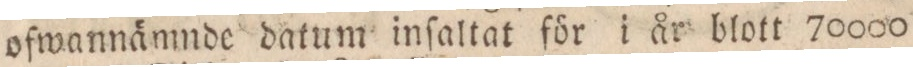
ofwannämnde datum inſaltat för i år blott 70000